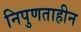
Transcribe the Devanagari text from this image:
निपुणताहीन